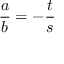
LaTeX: { \frac { a } { b } } = - { \frac { t } { s } }